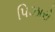
પિઝારો